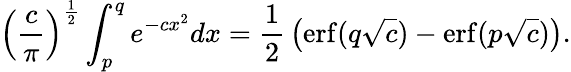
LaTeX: \left({\frac{c}{\pi}}\right)^{\frac{1}{2}}\int_{p}^{q}e^{-cx^{2}}dx={\frac{1}{2}}\left(\operatorname{erf}(q{\sqrt{c}})-\operatorname{erf}(p{\sqrt{c}})\right).